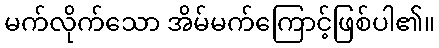
မက်လိုက်သော အိမ်မက်ကြောင့်ဖြစ်ပါ၏။